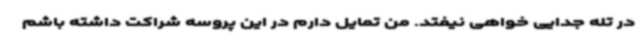
در تله جدایی خواهی نیفتد. من تمایل دارم در این پروسه شراکت داشته باشم